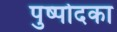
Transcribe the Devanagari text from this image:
पुष्पोदका